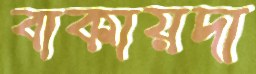
বাকায়দা